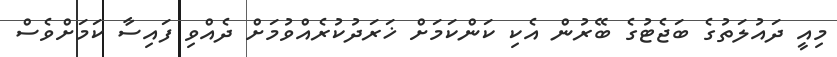
މިއީ ދައުލަތުގެ ބަޖެޓުގެ ބޭރުން އެކި ކަންކަމަށް ޚަރަދުކުރެއްވުމަށް ދެއްވި ފައިސާ ކަމަށްވެސް